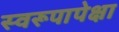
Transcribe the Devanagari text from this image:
स्वरूपापेक्षा